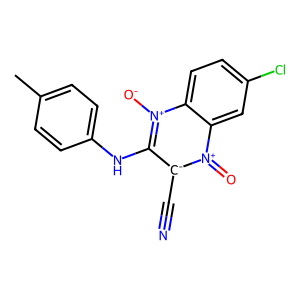
SMILES: Cc1ccc(Nc2[c-](C#N)[n+](=O)c3cc(Cl)ccc3[n+]2[O-])cc1
Inhibits HIV replication: No